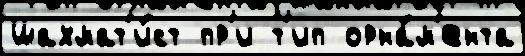
шахмат'и́ст пр'и т'ип орна́м'ента